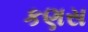
કણસ